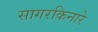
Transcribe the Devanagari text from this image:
सागरकिनारे